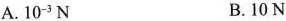
A.10^{-3}N B.10N